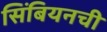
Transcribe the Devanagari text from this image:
सिंबियनची